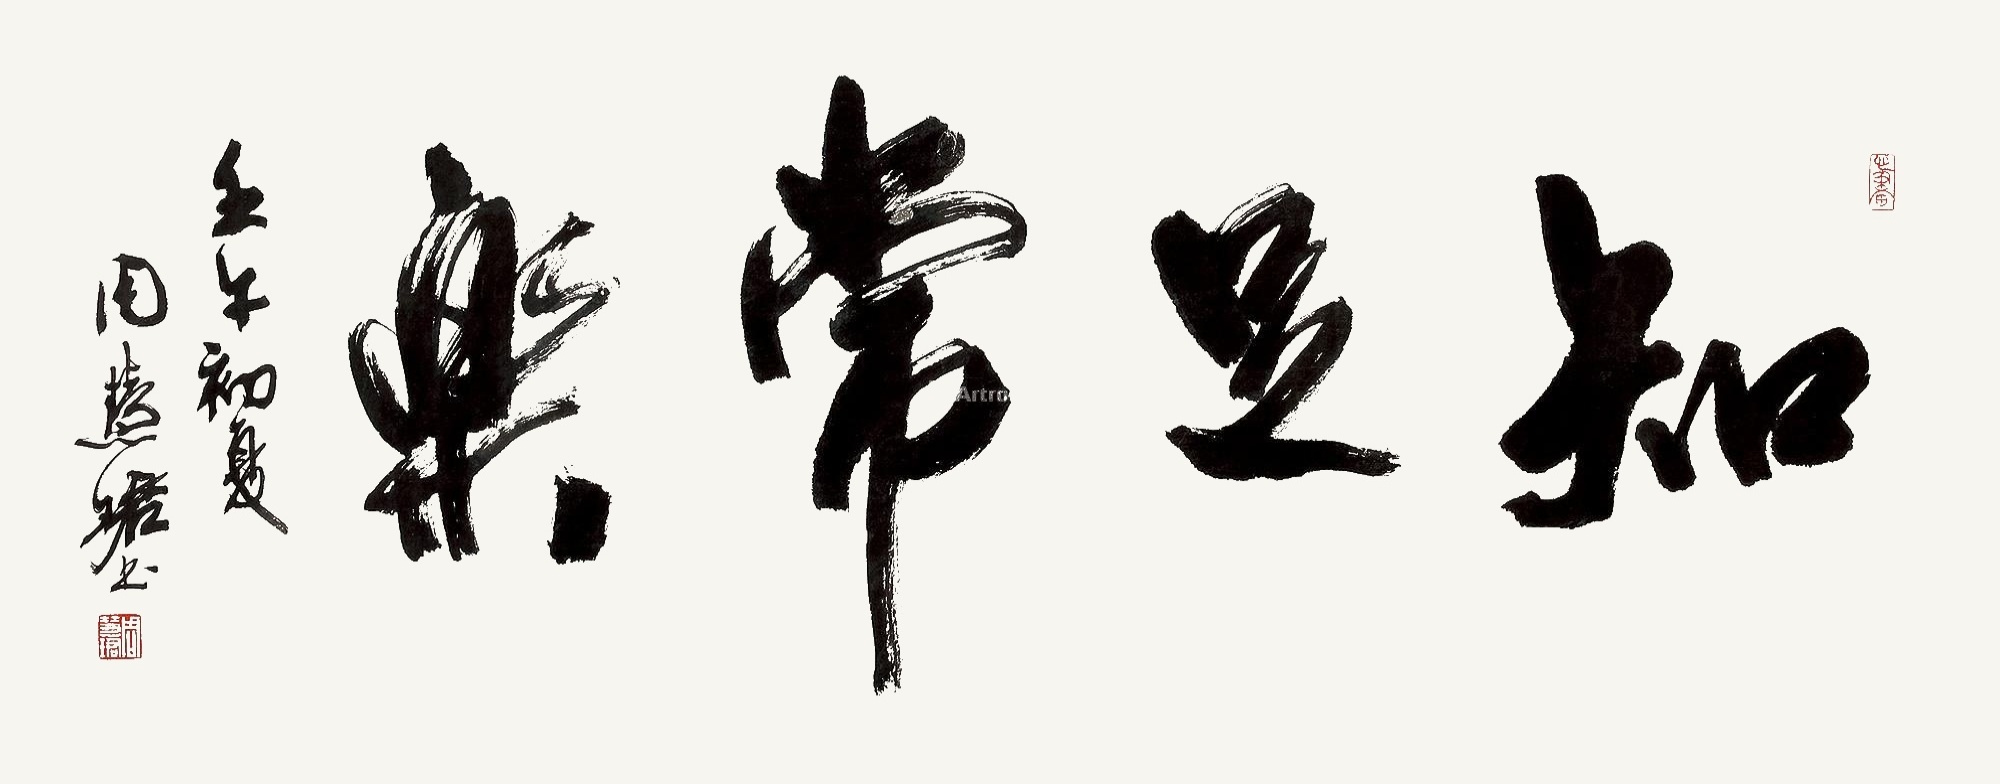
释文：知足常乐壬午初夏周慧珺书。